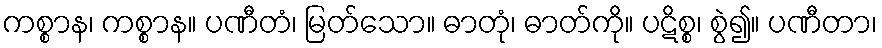
ကစ္စာန၊ ကစ္စာန။ ပဏီတံ၊ မြတ်သော။ ဓာတုံ၊ ဓာတ်ကို။ ပဋိစ္စ၊ စွဲ၍။ ပဏီတာ၊